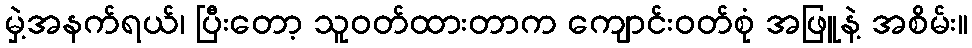
မှဲ့အနက်ရယ်၊ ပြီးတော့ သူဝတ်ထားတာက ကျောင်းဝတ်စုံ အဖြူနဲ့ အစိမ်း။